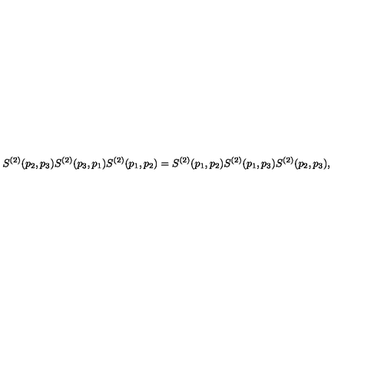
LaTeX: S ^ { ( 2 ) } ( p _ { 2 } , p _ { 3 } ) S ^ { ( 2 ) } ( p _ { 3 } , p _ { 1 } ) S ^ { ( 2 ) } ( p _ { 1 } , p _ { 2 } ) = S ^ { ( 2 ) } ( p _ { 1 } , p _ { 2 } ) S ^ { ( 2 ) } ( p _ { 1 } , p _ { 3 } ) S ^ { ( 2 ) } ( p _ { 2 } , p _ { 3 } ) ,